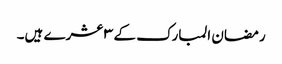
رمضان المبارک کے ٣ عشرے ہیں۔